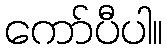
ကော်ပီပါ။